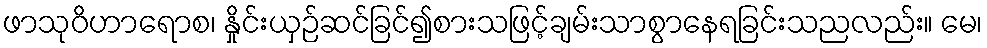
ဖာသုဝိဟာရောစ၊ နှိုင်းယှဉ်ဆင်ခြင်၍စားသဖြင့်ချမ်းသာစွာနေရခြင်းသညလည်း။ မေ၊